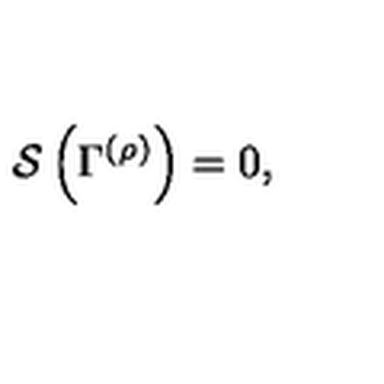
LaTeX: { \cal S } \left( \Gamma ^ { \left( \rho \right) } \right) = 0 ,